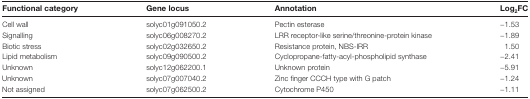
| Functional category | Gene locus | Annotation | Log2FC |
 | --- | --- | --- | --- |
 | Cell wall | solyc01g091050.2 | Pectin esterase | −1.53 |
 | Signalling | solyc06g008270.2 | LRR receptor-like serine/threonine-protein kinase | −1.89 |
 | Biotic stress | solyc02g032650.2 | Resistance protein, NBS-IRR | 1.50 |
 | Lipid metabolism | solyc09g090500.2 | Cyclopropane-fatty-acyl-phospholipid synthase | −2.41 |
 | Unknown | solyc12g062200.1 | Unknown protein | −5.91 |
 | Unknown | solyc07g007040.2 | Zinc finger CCCH type with G patch | −1.24 |
 | Not assigned | solyc07g062500.2 | Cytochrome P450 | −1.11 |